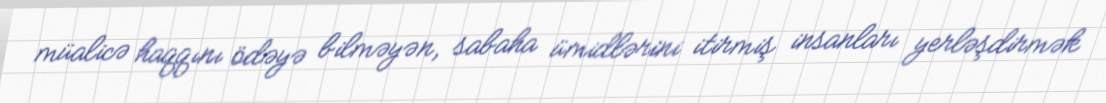
müalicə haqqını ödəyə bilməyən, sabaha ümidlərini itirmiş insanları yerləşdirmək